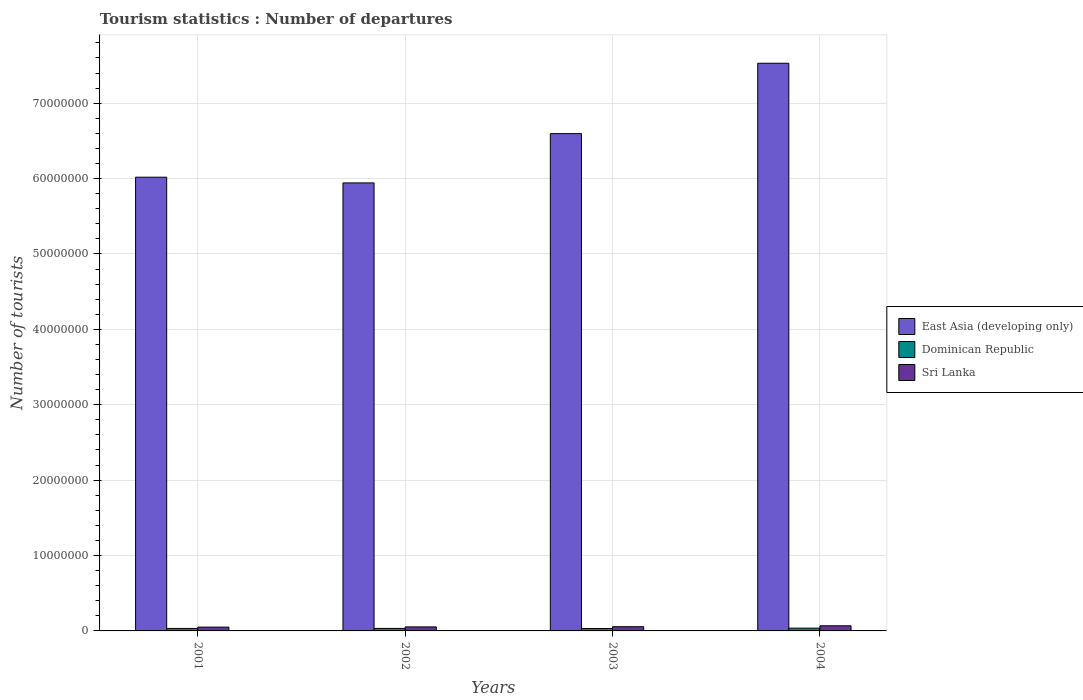
| Years | East Asia (developing only) | Dominican Republic | Sri Lanka |
 | --- | --- | --- | --- |
 | 2001 | 6.02e+07 | 3.31e+05 | 5.05e+05 |
 | 2002 | 5.94e+07 | 3.32e+05 | 5.33e+05 |
 | 2003 | 6.6e+07 | 3.21e+05 | 5.61e+05 |
 | 2004 | 7.53e+07 | 3.68e+05 | 6.8e+05 |